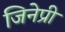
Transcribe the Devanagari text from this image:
जिनेप्री